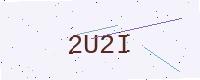
Text: 2U2I